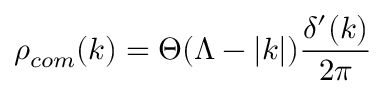
\rho _ { c o m } ( k ) = \Theta ( \Lambda - | k | ) \frac { \delta ^ { \prime } ( k ) } { 2 \pi }